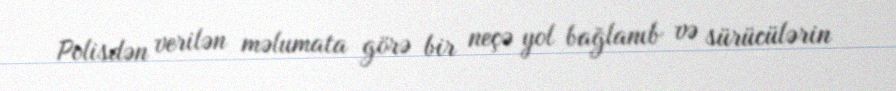
Polisdən verilən məlumata görə bir neçə yol bağlanıb və sürücülərin